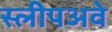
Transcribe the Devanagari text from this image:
स्लीपअवे